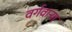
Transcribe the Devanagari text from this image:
वर्गवार्‍या